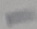
Text: -